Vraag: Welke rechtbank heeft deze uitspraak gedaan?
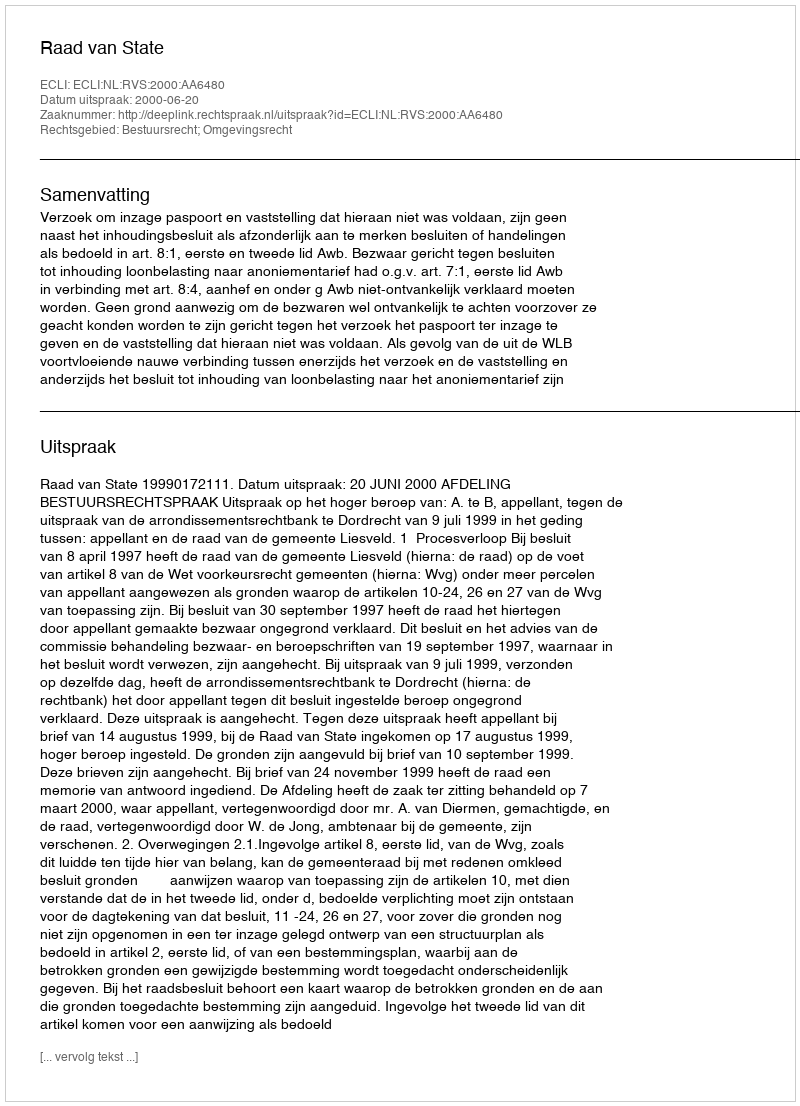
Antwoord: Raad van State